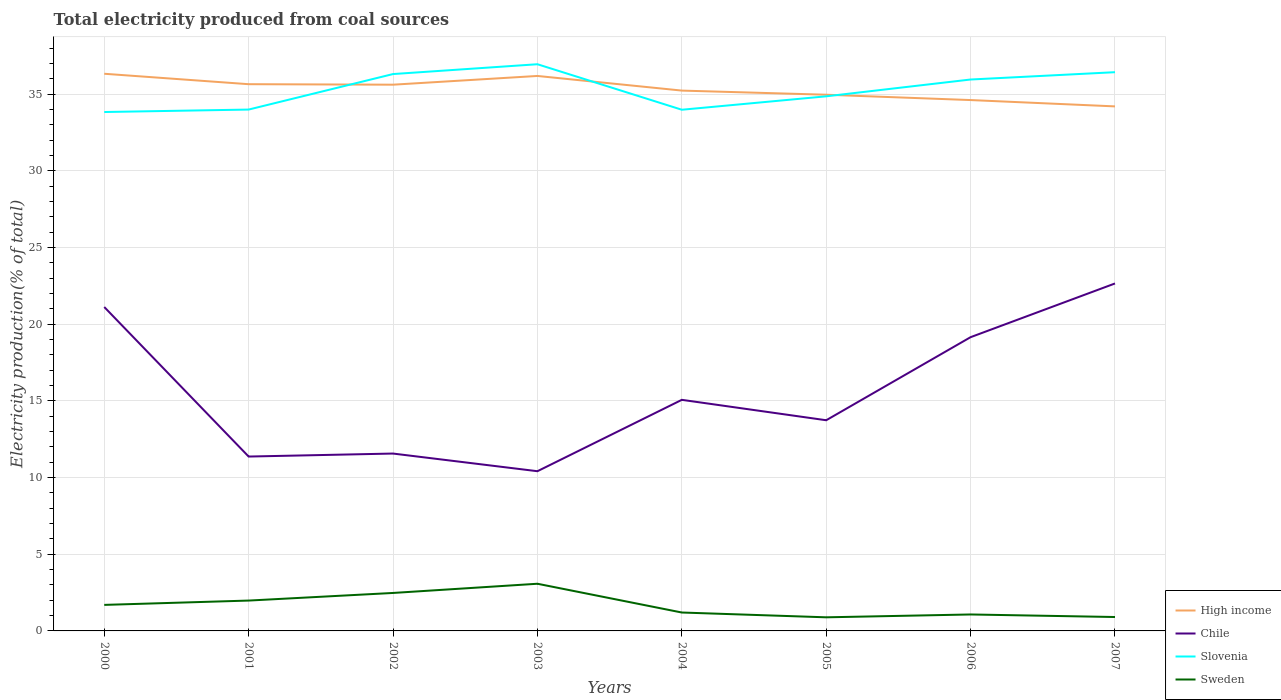
| Years | High income | Chile | Slovenia | Sweden |
 | --- | --- | --- | --- | --- |
 | 2000 | 36.3 | 21.1 | 33.8 | 1.7 |
 | 2001 | 35.7 | 11.4 | 34 | 1.98 |
 | 2002 | 35.6 | 11.6 | 36.3 | 2.48 |
 | 2003 | 36.2 | 10.4 | 37 | 3.08 |
 | 2004 | 35.2 | 15.1 | 34 | 1.2 |
 | 2005 | 35 | 13.7 | 34.9 | 0.887 |
 | 2006 | 34.6 | 19.2 | 36 | 1.07 |
 | 2007 | 34.2 | 22.7 | 36.4 | 0.907 |